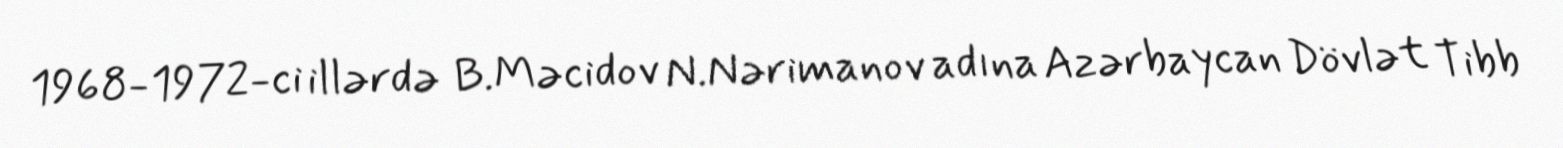
1968-1972-ci illərdə B.Məcidov N.Nərimanov adına Azərbaycan Dövlət Tibb